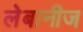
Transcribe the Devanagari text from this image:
लेबानीज